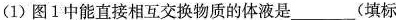
(1)图1中能直接相互交换物质的体液是 (填标